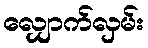
လျှောက်လှမ်း